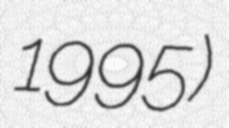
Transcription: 1995)